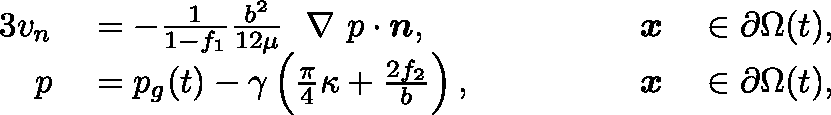
\begin{array} { r l r l } { { 3 } v _ { n } } & { { } = - \frac { 1 } { 1 - f _ { 1 } } \frac { b ^ { 2 } } { 1 2 \mu } \mathrm { ~ \boldmath ~ \nabla ~ } p \cdot \boldsymbol { n } , \qquad \qquad } & { \boldsymbol { x } } & { { } \in \partial \Omega ( t ) , } \\ { p } & { { } = p _ { g } ( t ) - \gamma \left( \frac { \pi } { 4 } \kappa + \frac { 2 f _ { 2 } } { b } \right) , \qquad \qquad } & { \boldsymbol { x } } & { { } \in \partial \Omega ( t ) , } \end{array}